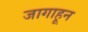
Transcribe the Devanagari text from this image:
जागाहून